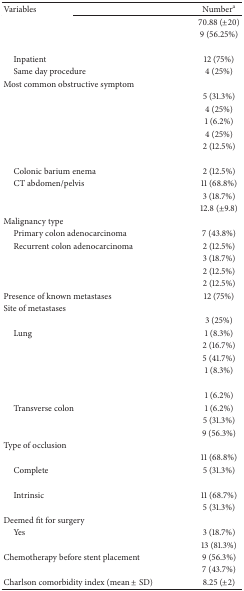
<table><thead><tr><td><b>Variables </b></td><td><b>Number<sup>a</sup></b></td></tr></thead><tbody><tr><td>[EMPTY_CELL]</td><td>70.88 (±20)</td></tr><tr><td>[EMPTY_CELL]</td><td>9 (56.25%)</td></tr><tr><td>[EMPTY_CELL]</td><td>[EMPTY_CELL]</td></tr><tr><td> Inpatient</td><td>12 (75%)</td></tr><tr><td> Same day procedure</td><td>4 (25%)</td></tr><tr><td>Most common obstructive symptom</td><td>[EMPTY_CELL]</td></tr><tr><td>[EMPTY_CELL]</td><td>5 (31.3%)</td></tr><tr><td>[EMPTY_CELL]</td><td>4 (25%)</td></tr><tr><td>[EMPTY_CELL]</td><td>1 (6.2%)</td></tr><tr><td>[EMPTY_CELL]</td><td>4 (25%)</td></tr><tr><td>[EMPTY_CELL]</td><td>2 (12.5%)</td></tr><tr><td>[EMPTY_CELL]</td><td>[EMPTY_CELL]</td></tr><tr><td> Colonic barium enema</td><td>2 (12.5%)</td></tr><tr><td> CT abdomen/pelvis</td><td>11 (68.8%)</td></tr><tr><td>[EMPTY_CELL]</td><td>3 (18.7%)</td></tr><tr><td>[EMPTY_CELL]</td><td>12.8 (±9.8)</td></tr><tr><td>Malignancy type</td><td>[EMPTY_CELL]</td></tr><tr><td> Primary colon adenocarcinoma</td><td>7 (43.8%)</td></tr><tr><td> Recurrent colon adenocarcinoma</td><td>2 (12.5%)</td></tr><tr><td>[EMPTY_CELL]</td><td>3 (18.7%)</td></tr><tr><td>[EMPTY_CELL]</td><td>2 (12.5%)</td></tr><tr><td>[EMPTY_CELL]</td><td>2 (12.5%)</td></tr><tr><td>Presence of known metastases</td><td>12 (75%)</td></tr><tr><td>Site of metastases</td><td>[EMPTY_CELL]</td></tr><tr><td>[EMPTY_CELL]</td><td>3 (25%)</td></tr><tr><td> Lung</td><td>1 (8.3%)</td></tr><tr><td>[EMPTY_CELL]</td><td>2 (16.7%)</td></tr><tr><td>[EMPTY_CELL]</td><td>5 (41.7%)</td></tr><tr><td>[EMPTY_CELL]</td><td>1 (8.3%)</td></tr><tr><td>[EMPTY_CELL]</td><td>[EMPTY_CELL]</td></tr><tr><td>[EMPTY_CELL]</td><td>1 (6.2%)</td></tr><tr><td> Transverse colon</td><td>1 (6.2%)</td></tr><tr><td>[EMPTY_CELL]</td><td>5 (31.3%)</td></tr><tr><td>[EMPTY_CELL]</td><td>9 (56.3%)</td></tr><tr><td>Type of occlusion</td><td>[EMPTY_CELL]</td></tr><tr><td>[EMPTY_CELL]</td><td>11 (68.8%)</td></tr><tr><td> Complete</td><td>5 (31.3%)</td></tr><tr><td>[EMPTY_CELL]</td><td>[EMPTY_CELL]</td></tr><tr><td> Intrinsic</td><td>11 (68.7%)</td></tr><tr><td>[EMPTY_CELL]</td><td>5 (31.3%)</td></tr><tr><td>Deemed fit for surgery </td><td>[EMPTY_CELL]</td></tr><tr><td> Yes</td><td>3 (18.7%)</td></tr><tr><td>[EMPTY_CELL]</td><td>13 (81.3%)</td></tr><tr><td>Chemotherapy before stent placement</td><td>9 (56.3%)</td></tr><tr><td>[EMPTY_CELL]</td><td>7 (43.7%)</td></tr><tr><td>Charlson comorbidity index (mean ± SD)</td><td>8.25 (±2)</td></tr></tbody></table>